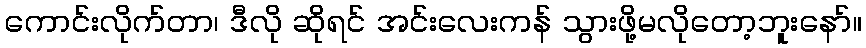
ကောင်းလိုက်တာ၊ ဒီလို ဆိုရင် အင်းလေးကန် သွားဖို့မလိုတော့ဘူးနော်။